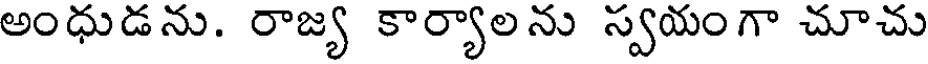
అంధుడను. రాజ్య కార్యాలను స్వయంగా చూచు